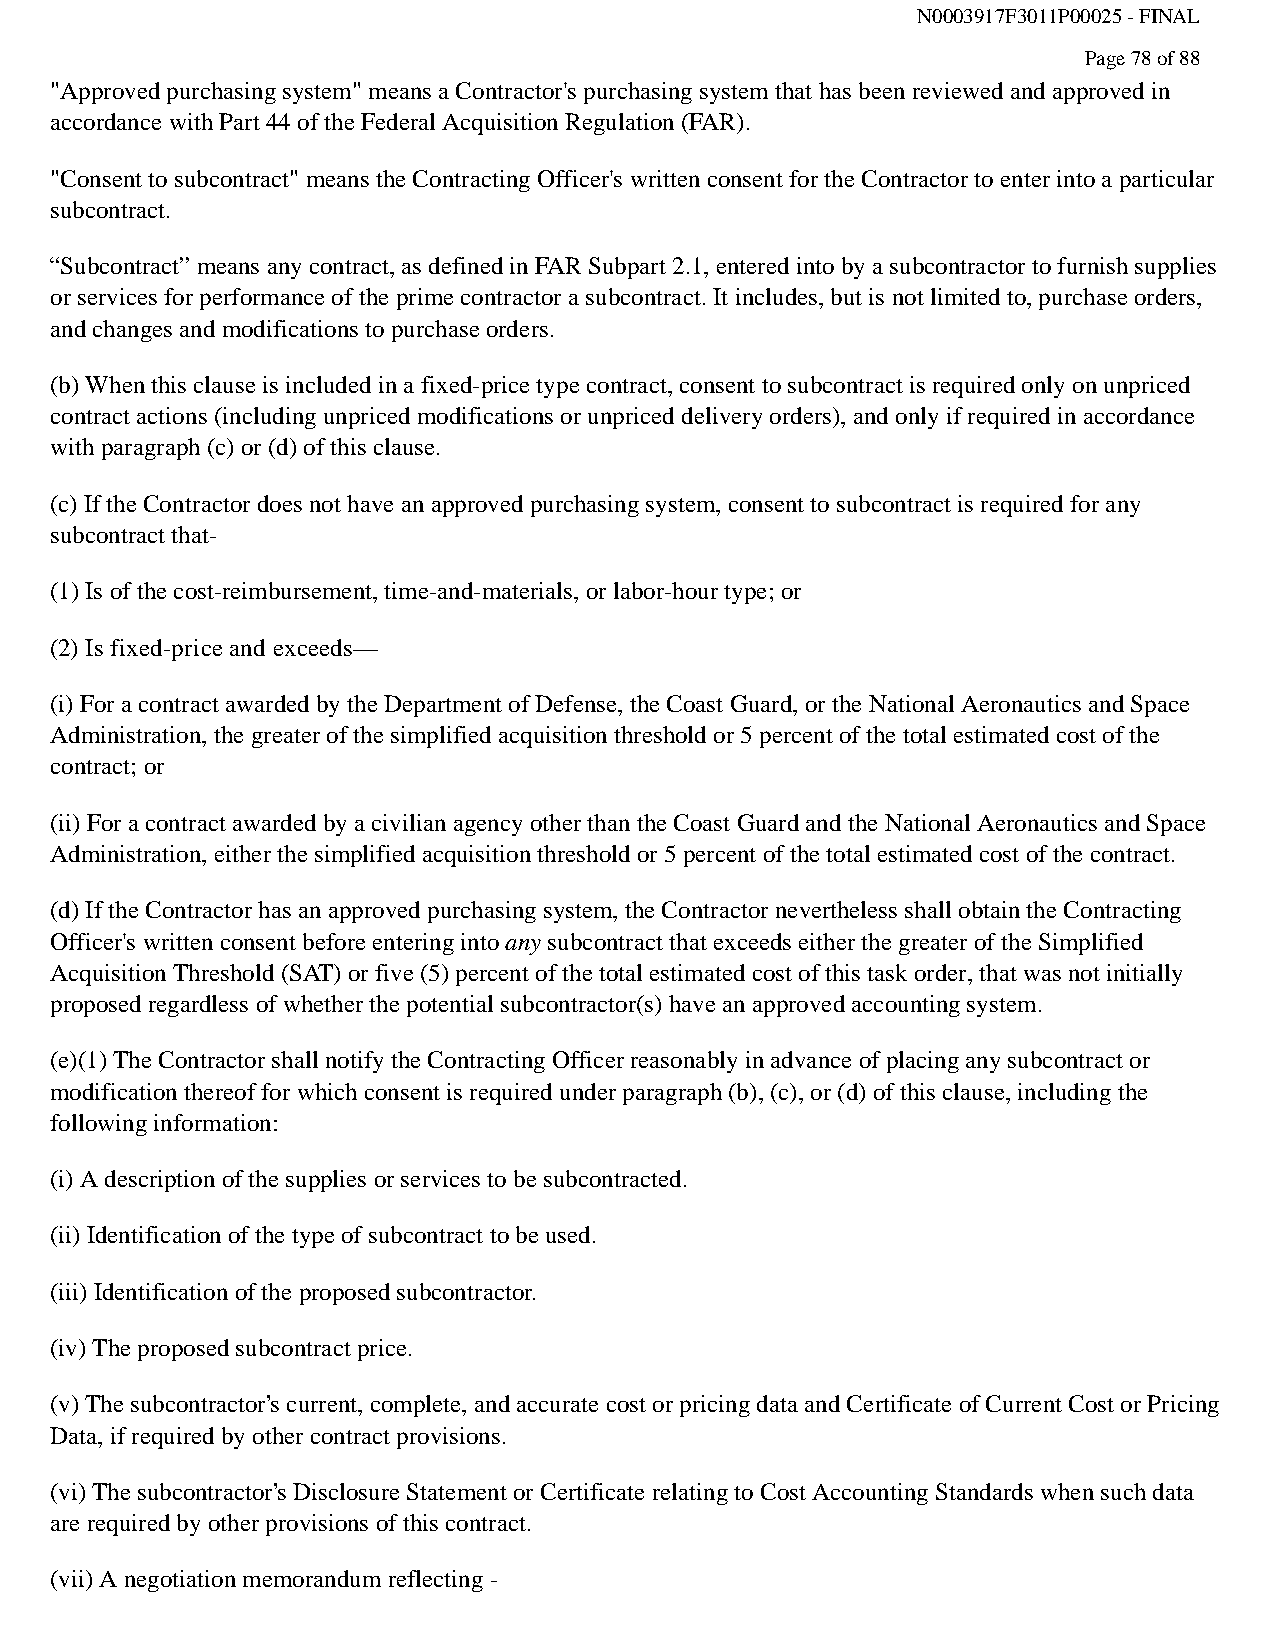
N0003917F3011P00025 - FINAL
 Page 78 of 88
 "Approved purchasing system" means a Contractor's purchasing system that has been reviewed and approved in
 accordance with Part 44 of the Federal Acquisition Regulation (FAR).
 "Consent to subcontract" means the Contracting Officer's written consent for the Contractor to enter into a particular
 subcontract.
 “Subcontract” means any contract, as defined in FAR Subpart 2.1, entered into by a subcontractor to furnish supplies
 or services for performance of the prime contractor a subcontract. It includes, but is not limited to, purchase orders,
 and changes and modifications to purchase orders.
 (b) When this clause is included in a fixed-price type contract, consent to subcontract is required only on unpriced
 contract actions (including unpriced modifications or unpriced delivery orders), and only if required in accordance
 with paragraph (c) or (d) of this clause.
 (c) If the Contractor does not have an approved purchasing system, consent to subcontract is required for any
 subcontract that-
 (1) Is of the cost-reimbursement, time-and-materials, or labor-hour type; or
 (2) Is fixed-price and exceeds—
 (i) For a contract awarded by the Department of Defense, the Coast Guard, or the National Aeronautics and Space
 Administration, the greater of the simplified acquisition threshold or 5 percent of the total estimated cost of the
 contract; or
 (ii) For a contract awarded by a civilian agency other than the Coast Guard and the National Aeronautics and Space
 Administration, either the simplified acquisition threshold or 5 percent of the total estimated cost of the contract.
 (d) If the Contractor has an approved purchasing system, the Contractor nevertheless shall obtain the Contracting
 Officer's written consent before entering into any subcontract that exceeds either the greater of the Simplified
 Acquisition Threshold (SAT) or five (5) percent of the total estimated cost of this task order, that was not initially
 proposed regardless of whether the potential subcontractor(s) have an approved accounting system.
 (e)(1) The Contractor shall notify the Contracting Officer reasonably in advance of placing any subcontract or
 modification thereof for which consent is required under paragraph (b), (c), or (d) of this clause, including the
 following information:
 (i) A description of the supplies or services to be subcontracted.
 (ii) Identification of the type of subcontract to be used.
 (iii) Identification of the proposed subcontractor.
 (iv) The proposed subcontract price.
 (v) The subcontractor’s current, complete, and accurate cost or pricing data and Certificate of Current Cost or Pricing
 Data, if required by other contract provisions.
 (vi) The subcontractor’s Disclosure Statement or Certificate relating to Cost Accounting Standards when such data
 are required by other provisions of this contract.
 (vii) A negotiation memorandum reflecting -